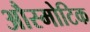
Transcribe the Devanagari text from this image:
औस्मोटिक